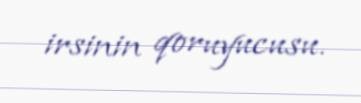
irsinin qoruyucusu.